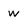
Character: w